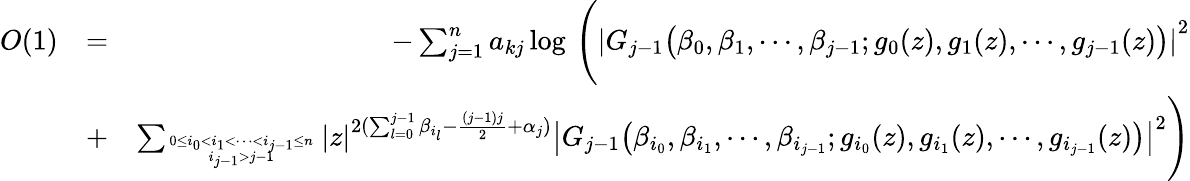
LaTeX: \begin{array}{rlr}{O(1)}&{=}&{-\sum_{j=1}^{n}a_{kj}\log\, \Bigg(\left|G_{j-1}\big(\beta_{0},\beta_{1},\cdots,\beta_{j-1};g_{0}(z),g_{1}(z),\cdots,g_{j-1}(z)\big)\right|^{2}}\\ &{+}&{\sum_{0\le i_{0}<i_{1}<\cdots<i_{j-1}\le n\atop i_{j-1}>j-1}\left|z\right|^{2(\sum_{l=0}^{j-1}\beta_{i_{l}}-\frac{(j-1)j}{2}+\alpha_{j})}\left|G_{j-1}\big(\beta_{i_{0}},\beta_{i_{1}},\cdots,\beta_{i_{j-1}};g_{i_{0}}(z),g_{i_{1}}(z),\cdots,g_{i_{j-1}}(z)\big)\right|^{2}\Bigg)}\end{array}